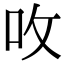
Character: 呚